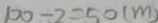
1 0 0 - 2 = 5 0 ( m )